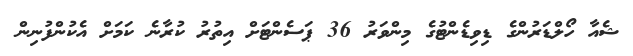
ޝެއާ ހޯލްޑަރުންގެ ޑިވިޑެންޓުގެ މިންވަރު 36 ޕަސެންޓަށް އިތުރު ކުރާނެ ކަމަށް އެކުންފުނިން